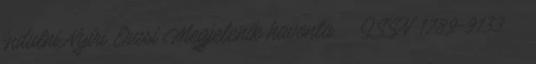
indulni Nyíri Erzsi Megjelenik havonta · ISSN 1789-9133 ·